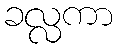
ခလ္လကာ